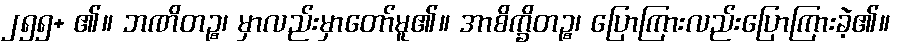
၂၅၅+ ၏။ ဘဏိတဉ္စ၊ မှာလည်းမှာတော်မူ၏။ အာစိက္ခိတဉ္စ၊ ပြောကြားလည်းပြောကြားခဲ့၏။